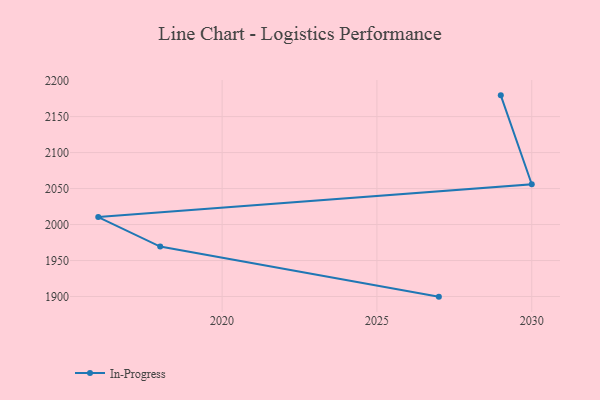
{"axis": {"x": "Year", "y": "Energy Usage (MWh)"}, "legend": ["In-Progress"], "data": [{"x": "2029", "y": 2179.5, "type": "In-Progress"}, {"x": "2030", "y": 2056.0, "type": "In-Progress"}, {"x": "2016", "y": 2010.3, "type": "In-Progress"}, {"x": "2018", "y": 1969.4, "type": "In-Progress"}, {"x": "2027", "y": 1899.8, "type": "In-Progress"}]}